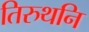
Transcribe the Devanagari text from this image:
तिरुथनि